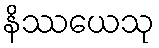
နိဿယေသု